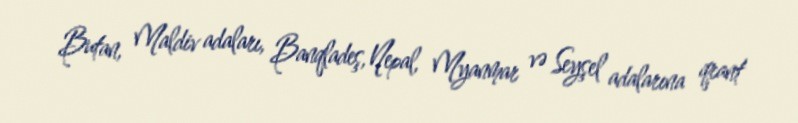
Butan, Maldiv adaları, Banqladeş, Nepal, Myanmar və Seyşel adalarına qrant